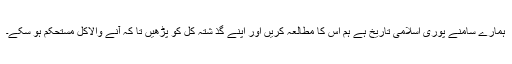
ہمارے سامنے پوری اسلامی تاریخ ہے ہم اس کا مطالعہ کریں اور اپنے گذ شتہ کل کو پڑھیں تا کہ آنے والاکل مستحکم ہو سکے۔